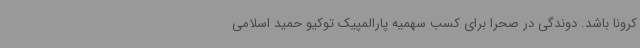
کرونا باشد. دوندگی در صحرا برای کسب سهمیه پارالمپیک توکیو حمید اسلامی